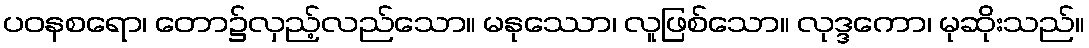
ပဝနစရော၊ တော၌လှည့်လည်သော။ မနုဿော၊ လူဖြစ်သော။ လုဒ္ဒကော၊ မုဆိုးသည်။